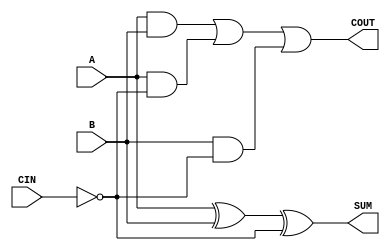
module sky130_fd_sc_ms__fahcin (
    COUT,
    SUM ,
    A   ,
    B   ,
    CIN
);

    // Module ports
    output COUT;
    output SUM ;
    input  A   ;
    input  B   ;
    input  CIN ;

    // Module supplies
    supply1 VPWR;
    supply0 VGND;
    supply1 VPB ;
    supply0 VNB ;

    // Local signals
    wire ci          ;
    wire xor0_out_SUM;
    wire a_b         ;
    wire a_ci        ;
    wire b_ci        ;
    wire or0_out_COUT;

    //  Name  Output        Other arguments
    not not0 (ci          , CIN            );
    xor xor0 (xor0_out_SUM, A, B, ci       );
    buf buf0 (SUM         , xor0_out_SUM   );
    and and0 (a_b         , A, B           );
    and and1 (a_ci        , A, ci          );
    and and2 (b_ci        , B, ci          );
    or  or0  (or0_out_COUT, a_b, a_ci, b_ci);
    buf buf1 (COUT        , or0_out_COUT   );

endmodule